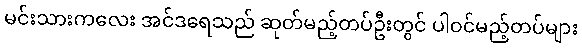
မင်းသားကလေး အင်ဒရေသည် ဆုတ်မည့်တပ်ဦးတွင် ပါဝင်မည့်တပ်များ